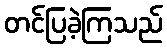
တင်ပြခဲ့ကြသည်